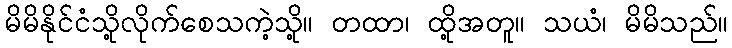
မိမိနိုင်ငံသို့လိုက်စေသကဲ့သို့။ တထာ၊ ထို့အတူ။ သယံ၊ မိမိသည်။